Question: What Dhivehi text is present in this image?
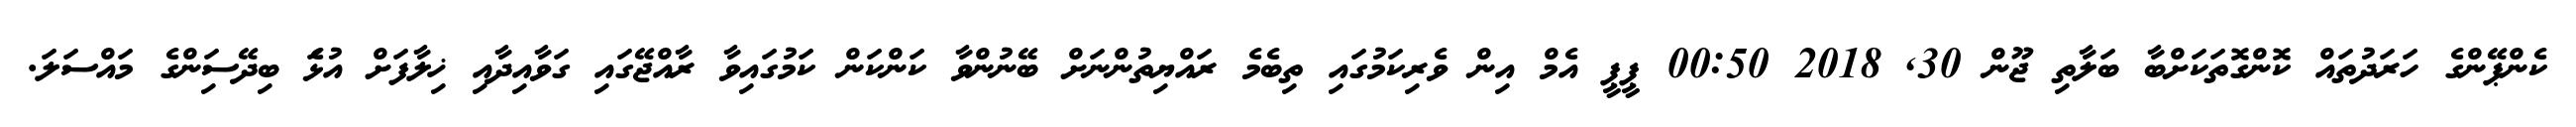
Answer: ކެންޕޭންގެ ހަރަދުތައް ކޮންގޮތަކަށްބާ ބަލާތި ޖޫން 30, 2018 00:50 ޕީޕީ އެމް އިން ވެރިކަމުގައި ތިބެމެ ރައްޔިތުންނަށް ބޭނުންވާ ކަންކަން ކަމުގައިވާ ރާއްޖޭގައި ގަވާއިދާއި ޚިލާފަށް އުޅަެ ބިދޭސަިންގެ މައްސަލަ.